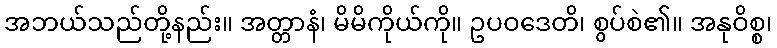
အဘယ်သည်တို့နည်း။ အတ္တာနံ၊ မိမိကိုယ်ကို။ ဥပဝဒေတိ၊ စွပ်စဲ၏။ အနုဝိစ္စ၊